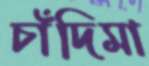
চাঁদিমা